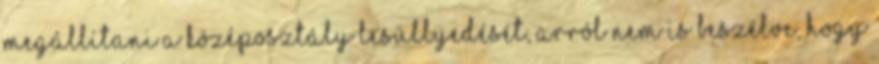
megállítani a középosztály lesüllyedését, arról nem is beszélve, hogy